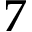
7